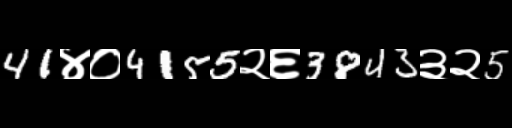
Text: 41४०4155२६3843३२5